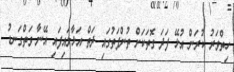
ހިތްވަރު ކުރަން އުޅޭ ފަދަ ގޮތަކަށް ތުންފަތުގައި ދަތް އަޅާލައިފައި އޭނާ ވަތްގަނޑު